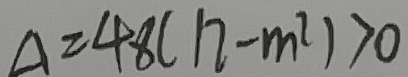
\Delta = 4 8 ( 1 2 - m ^ { 2 } ) > 0